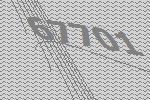
67701